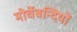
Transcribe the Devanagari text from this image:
मोर्चेबन्दियों